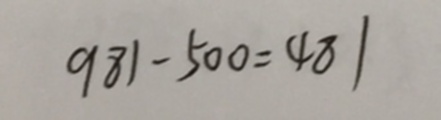
9 8 1 - 5 0 0 = 4 8 1